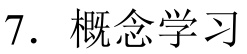
7. 概念学习